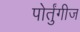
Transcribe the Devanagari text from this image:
पोर्तुंगीज